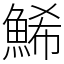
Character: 鯑